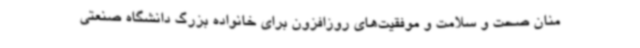
منان صحت و سلامت و موفقیت‌های روزافزون برای خانواده بزرگ دانشگاه صنعتی